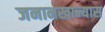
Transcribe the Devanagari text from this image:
जनानखान्यास